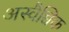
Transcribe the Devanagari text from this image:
अस्वैच्चिक